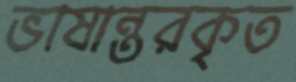
ভাষান্তরকৃত